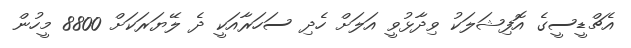
އެޗްޑީސީގެ އޮފިޝަލަކު ވިދާޅުވީ އަލަށް ހެދި ސަހަރާއަކީ ދެ ލޭޔަރަކަށް 8800 މީހުން